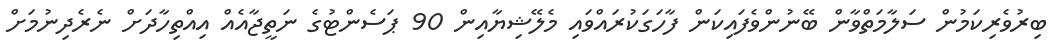
ބިރުވެރިކަމުން ސަލާމަތްވާން ބޭނުންވެފައިކަން ފާހަގަކުރައްވައި މެލޭޝިޔާއިން 90 ޕަސެންޓުގެ ނަތީޖާއެއް އިއްތިހާދަށް ނެރެދިނުމަށް